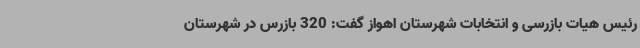
رئیس هیات بازرسی و انتخابات شهرستان اهواز گفت: 320 بازرس در شهرستان